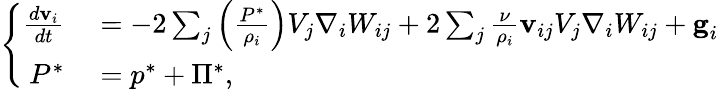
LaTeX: \left\{ \begin{array}{rl}{\frac{d\textbf{v}_{i}}{dt}}&{{}=-2\sum_{j}\left(\frac{{P}^{*}}{\rho_{i}}\right)V_{j}\nabla_{i}W_{ij}+2\sum_{j}\frac{\nu}{\rho_{i}}\textbf{v}_{ij}V_{j}\nabla_{i}W_{ij}+\textbf{g}_{i}}\\ {{P}^{*}}&{{}={p}^{*}+{\Pi}^{*},}\end{array}\right.